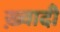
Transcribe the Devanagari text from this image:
ख़्वादी